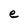
Character: e